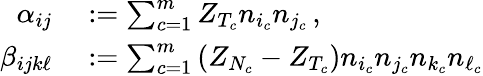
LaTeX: \begin{array}{rl}{\alpha_{ij}}&{{}:=\sum_{c=1}^{m}Z_{T_{c}}n_{i_{c}}n_{j_{c}}\, ,}\\ {\beta_{ijk\ell}}&{{}:=\sum_{c=1}^{m}\left(Z_{N_{c}}-Z_{T_{c}}\right)n_{i_{c}}n_{j_{c}}n_{k_{c}}n_{\ell_{c}}}\end{array}